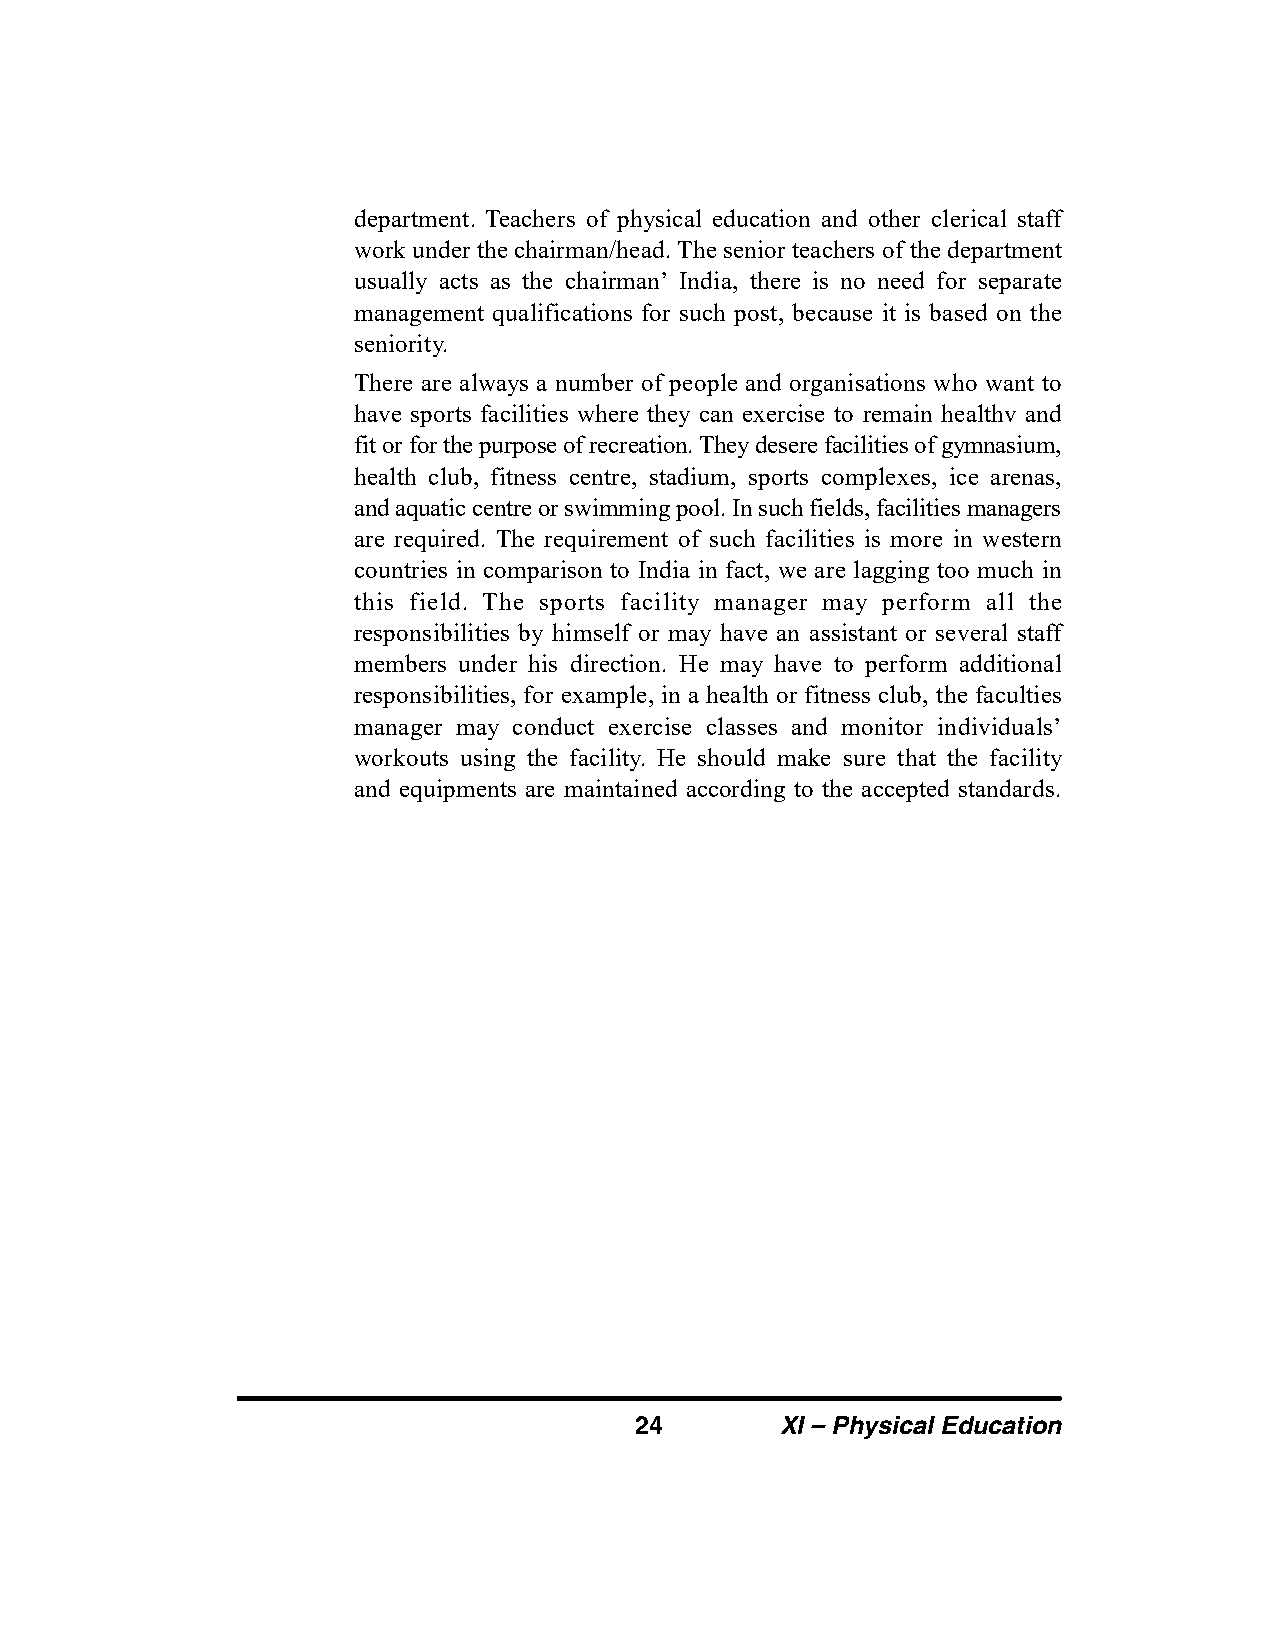
department. Teachers of physical education and other clerical staff
 work under the chairman/head. The senior teachers of the department
 usually acts as the chairman’ India, there is no need for separate
 management qualifications for such post, because it is based on the
 seniority.
 There are always a number of people and organisations who want to
 have sports facilities where they can exercise to remain healthv and
 fit or for the purpose of recreation. They desere facilities of gymnasium,
 health club, fitness centre, stadium, sports complexes, ice arenas,
 and aquatic centre or swimming pool. In such fields, facilities managers
 are required. The requirement of such facilities is more in western
 countries in comparison to India in fact, we are lagging too much in
 this field. The sports facility manager may perform all the
 responsibilities by himself or may have an assistant or several staff
 members under his direction. He may have to perform additional
 responsibilities, for example, in a health or fitness club, the faculties
 manager may conduct exercise classes and monitor individuals’
 workouts using the facility. He should make sure that the facility
 and equipments are maintained according to the accepted standards.
 24        XI – Physical Education